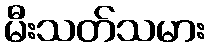
မီးသတ်သမား